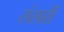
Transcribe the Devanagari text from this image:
संसारीं